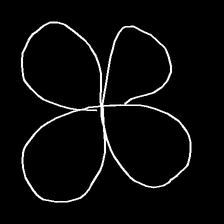
Glyph: billowing